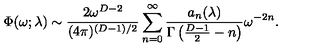
\Phi ( \omega ; \lambda ) \sim { \frac { 2 \omega ^ { D - 2 } } { ( 4 \pi ) ^ { ( D - 1 ) / 2 } } } \sum _ { n = 0 } ^ { \infty } { \frac { a _ { n } ( \lambda ) } { \Gamma \left( { \frac { D - 1 } { 2 } } - n \right) } } \omega ^ { - 2 n } .